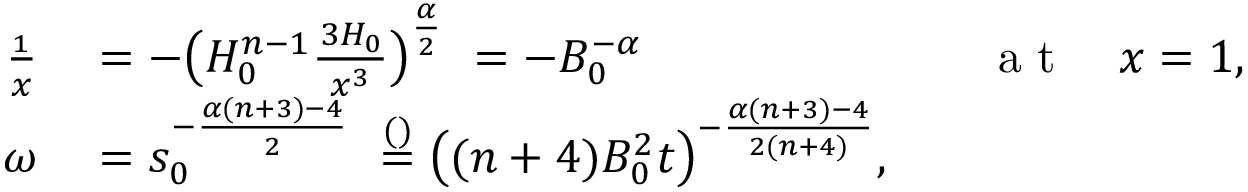
\begin{array} { r l r l } { \frac { \d H _ { 1 } } { \d x } } & { { } = - \big ( H _ { 0 } ^ { n - 1 } \frac { \d ^ { 3 } H _ { 0 } } { \d x ^ { 3 } } \big ) ^ { \frac \alpha 2 } \ \stackrel { } = - B _ { 0 } ^ { - \alpha } } & { } & { { } \mathrm { ~ a ~ t ~ } \quad x = 1 , } \\ { \omega } & { { } = s _ { 0 } ^ { - \frac { \alpha ( n + 3 ) - 4 } { 2 } } \ \stackrel { ( ) } = \big ( ( n + 4 ) B _ { 0 } ^ { 2 } t \big ) ^ { - \frac { \alpha ( n + 3 ) - 4 } { 2 ( n + 4 ) } } , } \end{array}